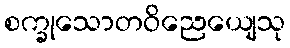
စက္ခုသောတဝိညေယျေသု